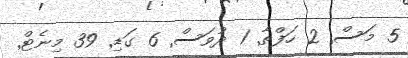
5 މަސް